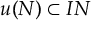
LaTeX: u ( N ) \subset I N